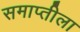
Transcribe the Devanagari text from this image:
समाप्तीला